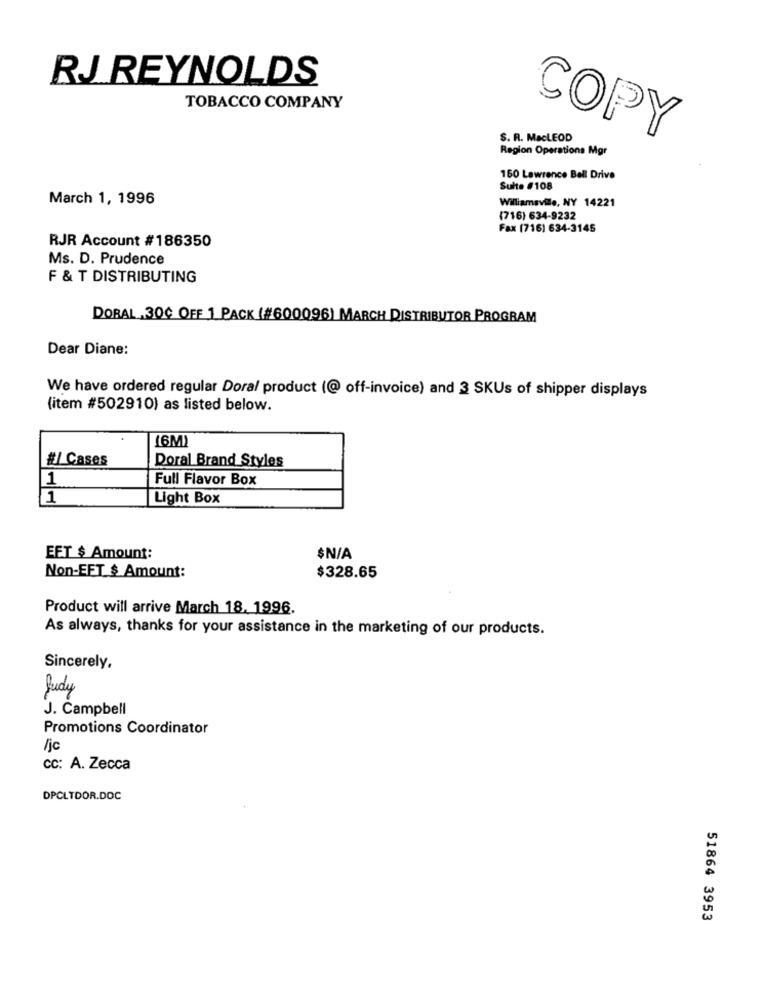
RJ REYNOLDS
TOBACCO COMPANY
S. R. MaCLEOD
COPY
Region Operations Mgr
160 Lawrence Bell Drive
Sulte #108
March 1, 1996
Williamsvile, NY 14221
(716) 634-9232
Fax (716) 634-3145
RJR Account #186350
Ms. D. Prudence
F & T DISTRIBUTING
DORAL ,300 OFF 1 PACK (#600096) MARCH DISTRIBUTOR PROGRAM
Dear Diane:
We have ordered regular Doral product (@ off-invoice) and 3 SKUs of shipper displays
(item #502910) as listed below.
16M)
#/ Cases
Doral Brand Styles
1
Full Flavor Box
1
Light Box
EFT $ Amount:
$N/A
Non-EFT $ Amount:
$328.65
Product will arrive March 18. 1996.
As always, thanks for your assistance in the marketing of our products.
Sincerely,
Judy
J. Campbell
Promotions Coordinator
/jc
cc: A. Zecca
DPCLTDOR.DOC
51864 3953